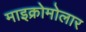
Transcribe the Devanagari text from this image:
माइक्रोमोलार